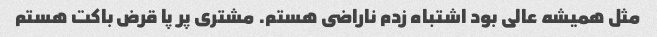
مثل همیشه عالى بود اشتباه زدم ناراضى هستم. مشترى پر پا قرض باکت هستم